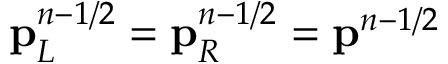
\mathbf { p } _ { L } ^ { n - 1 / 2 } = \mathbf { p } _ { R } ^ { n - 1 / 2 } = \mathbf { p } ^ { n - 1 / 2 }